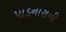
પાડનારાની